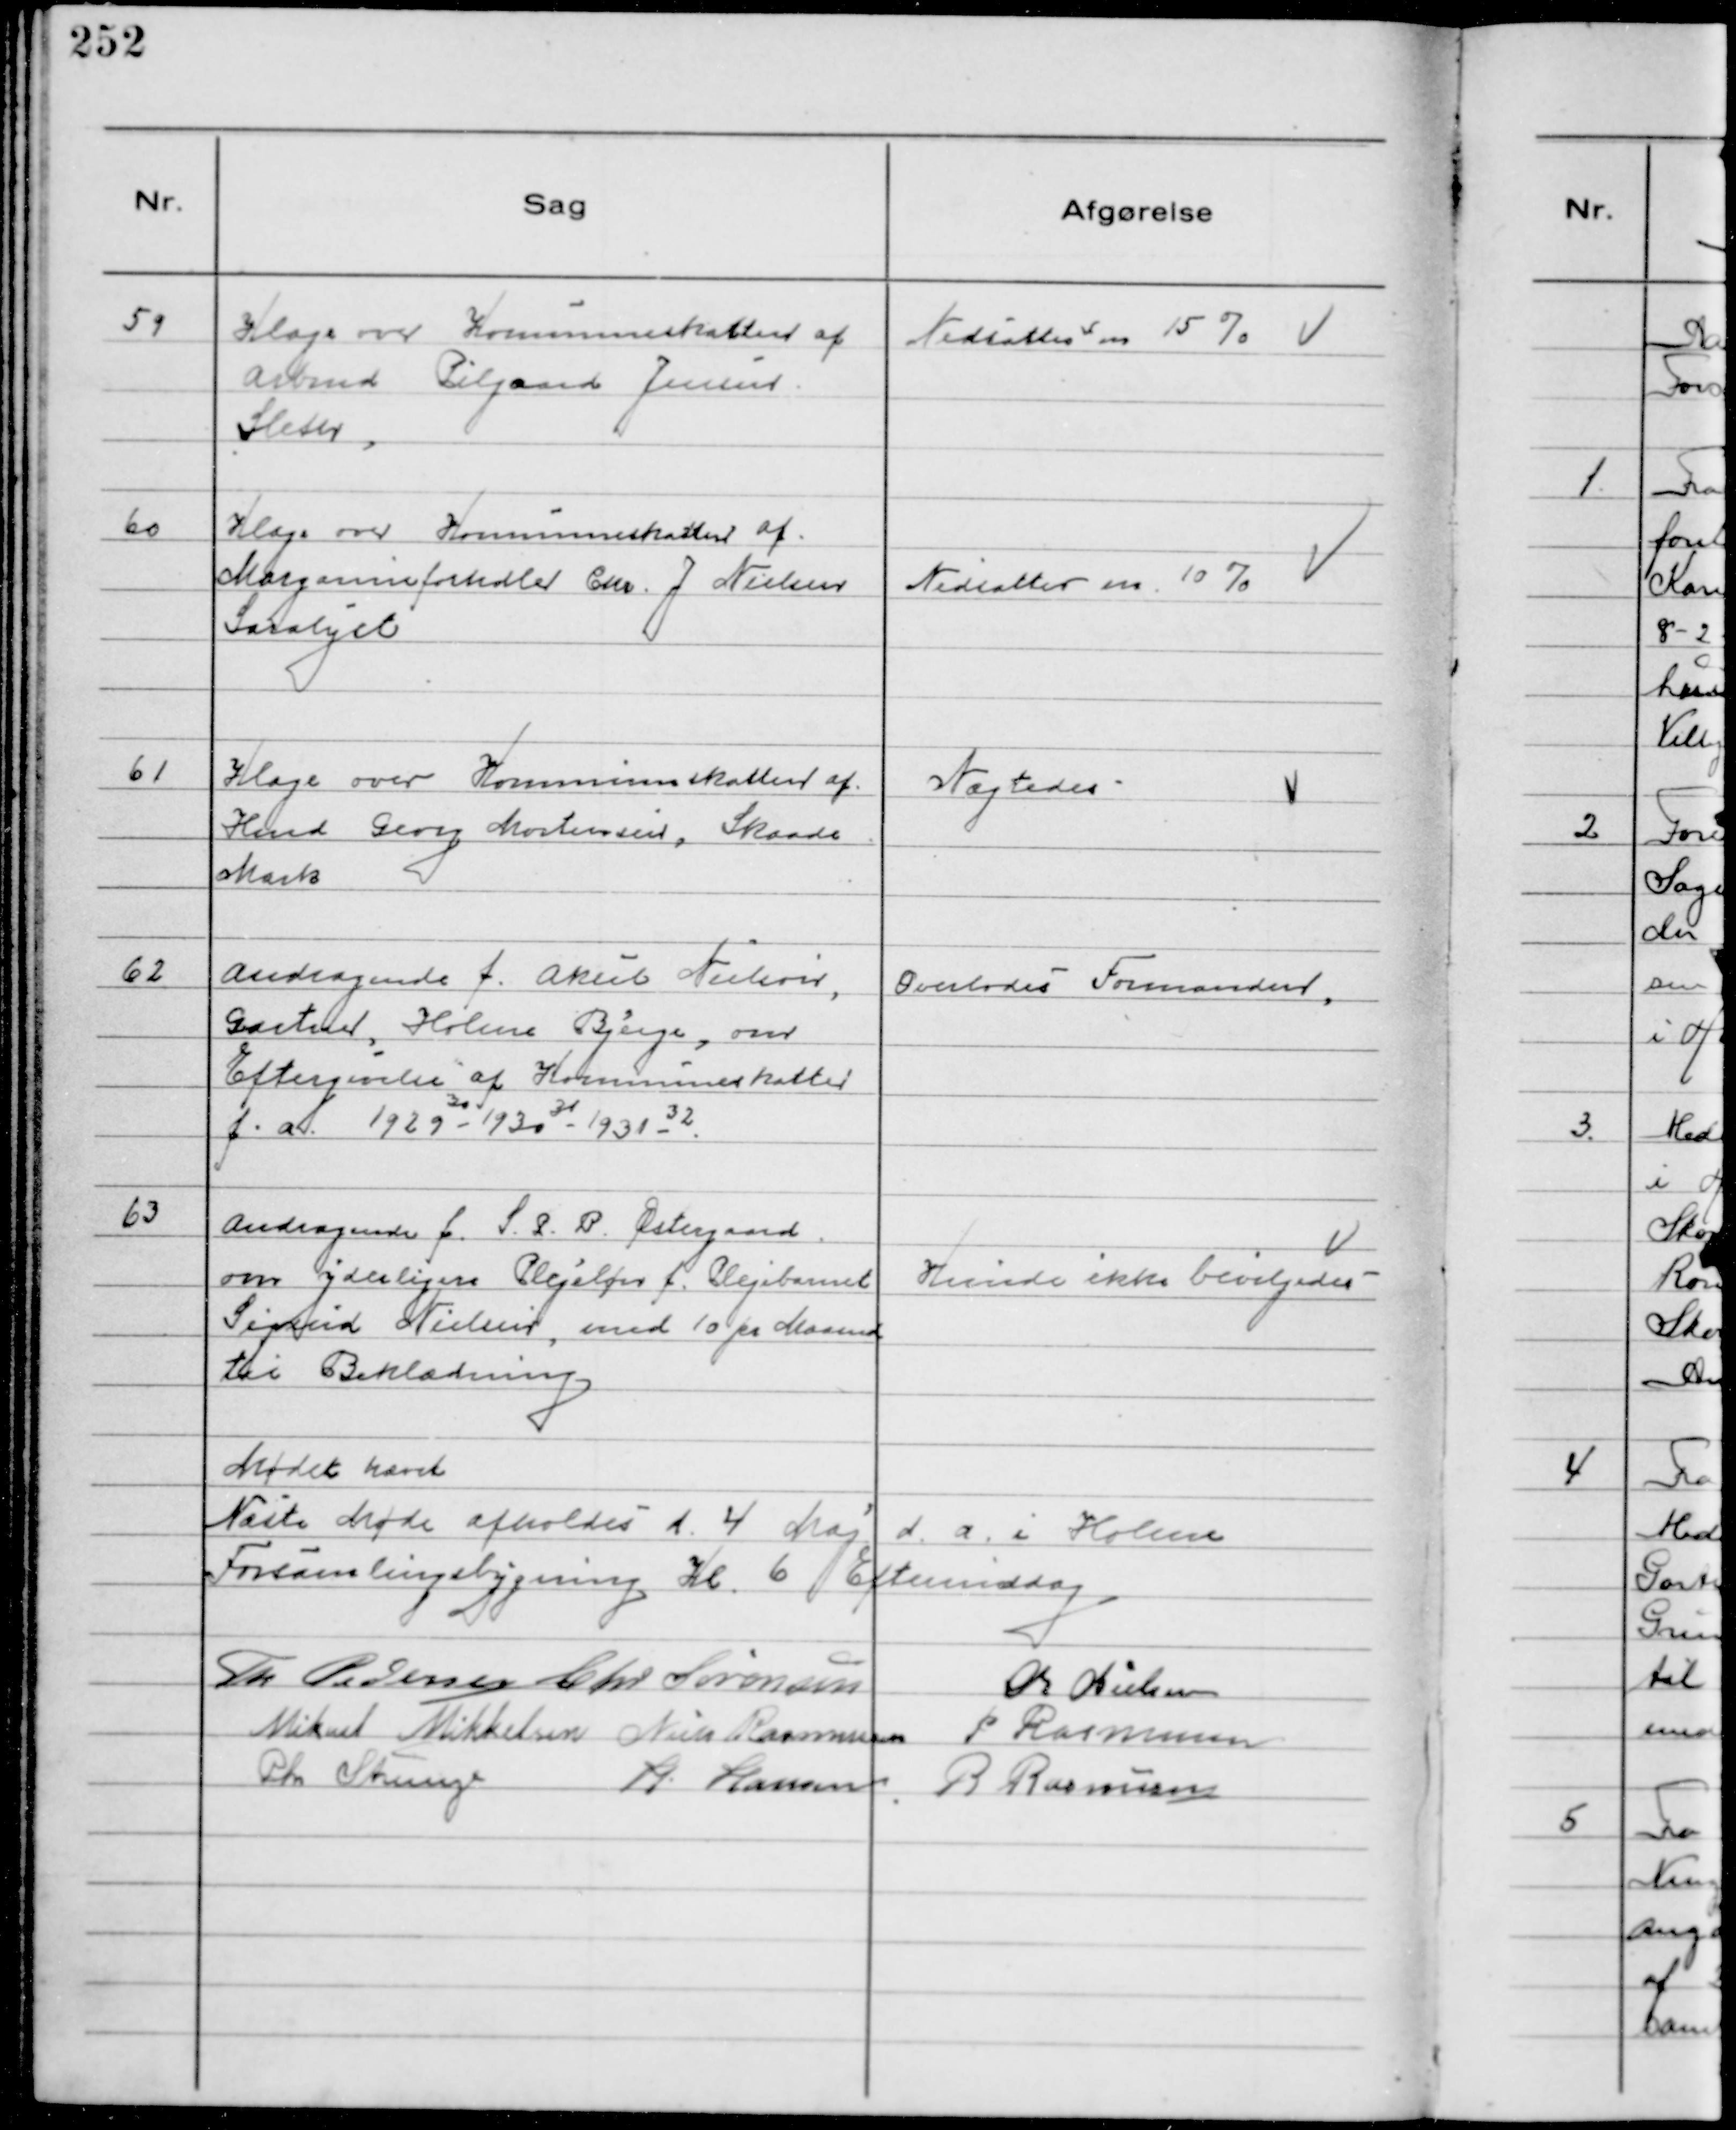
Transskription:
59
Klage over Kommuneskatten af
Arbmd Pilgaard Jensen
Sleth.

Nedsattes m 15%

60
Klage over Kommuneskatten af
Margarineforhdler Chr. J. Nielsen
Saralyst

Nedsattes m. 10%

61
Klage over Kommuneskatten af
Hmd Georg Mortensen, Skaade
Mark

Nægtedes

62
Andragende f. Aksel Nielsen,
Gartner, Holme Bjerge, om
Eftergivelse af Kommuneskatten
f.a. 1929 30 - 1930 31 - 1931 -32

Overlodes Formanden.

63
Andragende f. S. P. B. Østergaard
om yderligere Plejeløn f. Plejebarnet
Sigrid Nielsen, med 10 pr Maaned
til Beklædning

Kunde ikke bevilgedes

Mødet hævet
Næste Møde afholdes d. 4 Maj d. a. i Holme
Forsamlingsbygning Kl. 6 Eftermiddag
Th Pedersen Chr Sørensen
Chr Nielsen
Mikael Mikkelsen Niels Rasmussen P Rasmussen
Chr Strunge
H. Hansen R Rasmussen